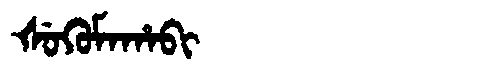
Manchu: ᡧᡠᡴᡠᠮᠠᡥᠠᠪᡳ
Romanization: ŠUKUMAHABI